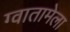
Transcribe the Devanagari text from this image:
ग्वातामेला